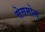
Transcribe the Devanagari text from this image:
सेसमोल